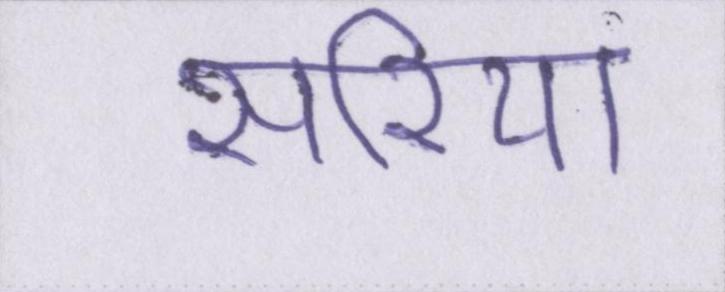
सरिया